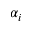
\alpha _ { i }